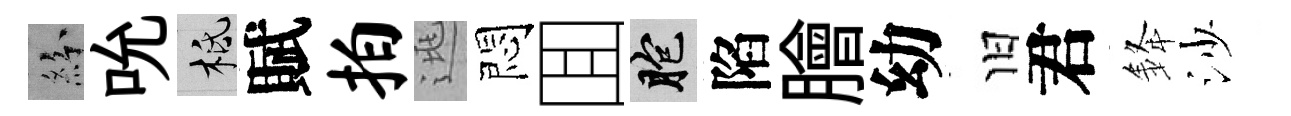
紛吮柢賦拍逃悶囬胞陷膾幼旧君𨦟沙